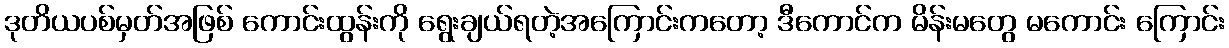
ဒုတိယပစ်မှတ်အဖြစ် ကောင်းထွန်းကို ရွေးချယ်ရတဲ့အကြောင်းကတော့ ဒီကောင်က မိန်းမတွေ မကောင်း ကြောင်း